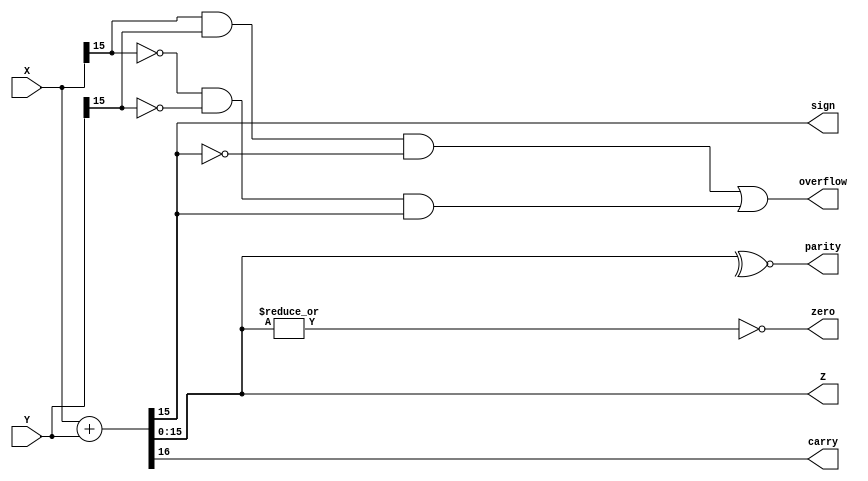
module aluadder(X,Y,Z,sign,zero,carry,overflow,parity);

input [15:0]X,Y;
output [15:0]Z;
output sign,zero,carry,overflow,parity;

assign {carry,Z}=X+Y;
assign sign=Z[15];
assign zero=~|Z;
assign parity = ~^Z;
assign overflow = ( (X[15] & Y[15] &~Z[15]) |(~X[15] & ~Y[15] &Z[15]));
endmodule